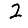
Digit: 2